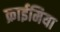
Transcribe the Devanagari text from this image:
क्राईमिया